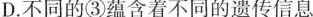
D.不同的③蕴含着不同的遗传信息